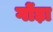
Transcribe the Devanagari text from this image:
गोंड़ा